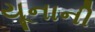
યૂનાની